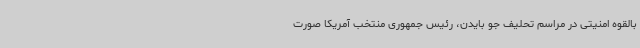
بالقوه امنیتی در مراسم تحلیف جو بایدن، رئیس جمهوری منتخب آمریکا صورت